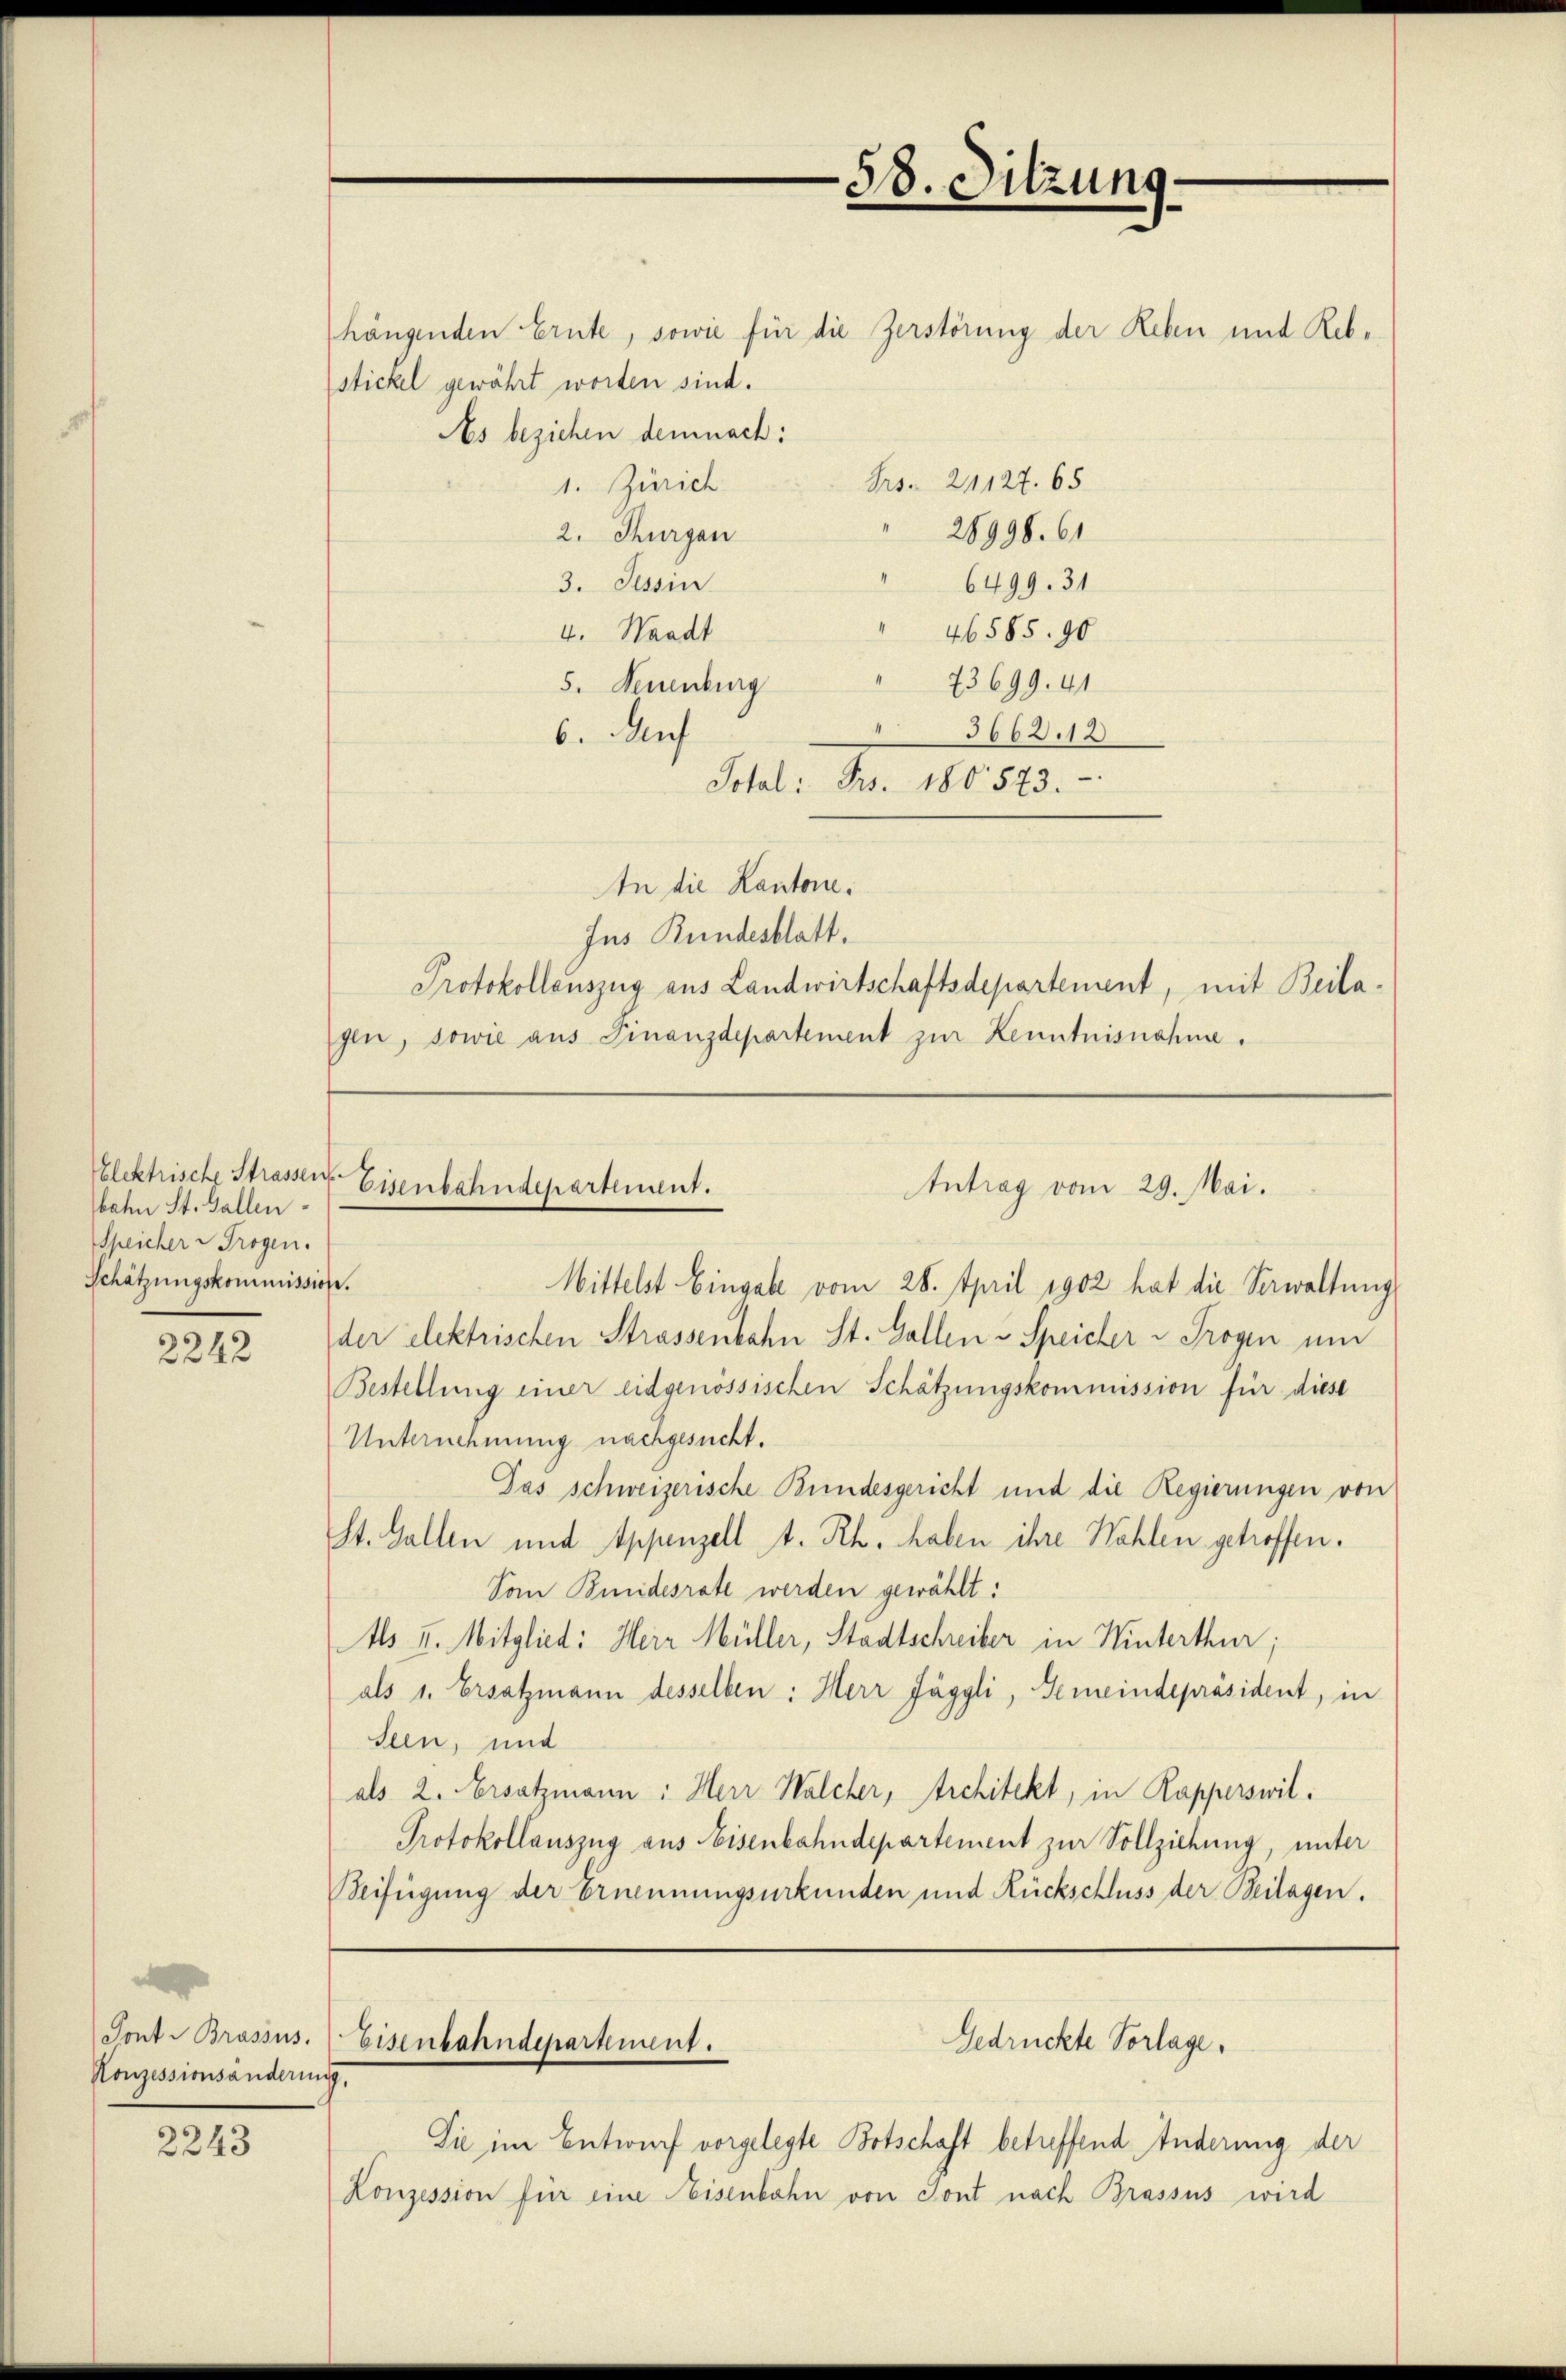
Elektrische Strassen
bahn St. Gallen
Speicher & Trogen.
Schätzungskommission.

2242

Pont. Brassus.
Konzessionsänderin

2243

stickel gewährt worden sind.
As beziehen demnach:
Frs. 24127. 65
1. Zürich
 28998. 61
2. Thurgau
6499. 31
3. Tessin
" 46585. 90
4. Waadt
73699. 41
5. Neuenburg
3663.12
6. Auf
Total: Frs. 180573.
An die Kantone.
Jus Bundesblatt.
Protokollauszug aus Landwirtschaftsdepartement, mit Beilagen, sowie aus Finanzdepartement zur Kenntnisnahme.

Eisenbahndepartement.
Antrag vom 29. Mai.

Eisenbahndepartement.
e

hängenden Ernte, sowie für die Zerstörung der Leben und Reb¬

58. Sitzung.

Gedrückte Vorlage.

Mittelst Eingabe vom 28. April 1902 hat die Verwaltung
der elektrischen Strassenbahn St. Gallen - Speicher v Trogen um
Bestellung einer eidgenössischen Schätzungskommission für diese
Unternehmung nachgesucht.
Das schweizerische Bundesgericht und die Regierungen von
St. Gallen und Appenzell A. Rh. haben ihre Wahlen getroffen.
Son Bundesrate werden gewählt:
s II. Mitglied: Herr Müller, Stadtschreiber in Winterthur;
als 1. Ersatzmann desselben: Herr Jäggli, Gemeindepräsident, in
slen, und
als 2. Ersatzmann: Herr Walcher, Architekt, in Rapperswil¬
Protokollauszug aus Eisenbahndepartement zur Vollziehung, unter
Beifügung der Ernennungsurkunden und Rückschluss der Beilagen.

Sie im Entwurf vorgelegte Botschaft betreffend Änderung der
Konzession für eine Eisenbahn von Sont nach Brassus wird